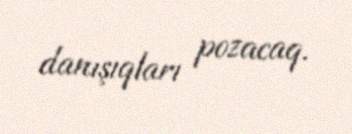
danışıqları pozacaq.